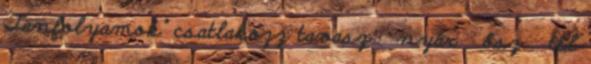
Tanfolyamok" csatlakozz tavasz nyár ősz tél